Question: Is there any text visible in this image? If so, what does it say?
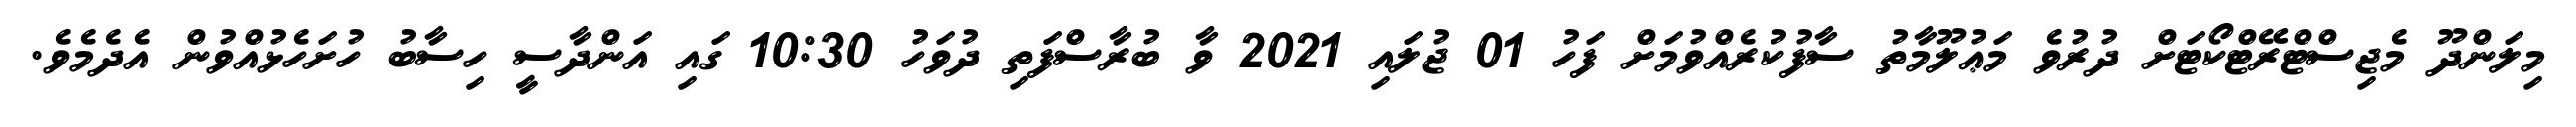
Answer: މިލަންދޫ މެޖިސްޓްރޭޓްކޯޓަށް ދުރުވެ މަޢުލޫމާތު ސާފުކުރެއްވުމަށް ފަހު 01 ޖުލައި 2021 ވާ ބުރާސްފަތި ދުވަހު 10:30 ގައި އަންދާސީ ހިސާބު ހުށަހެޅުއްވުން އެދެމެވެ.